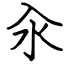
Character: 汆